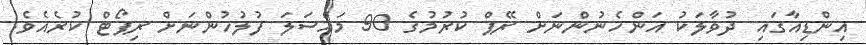
އިންޑިއާގައި ދުވާލަކު އަންހެނުންނަށް ރޭޕް ކުރުމުގެ 90 މައްސަލަ ފުލުހުންނަށް ރިޕޯޓް ކުރެއެވެ.